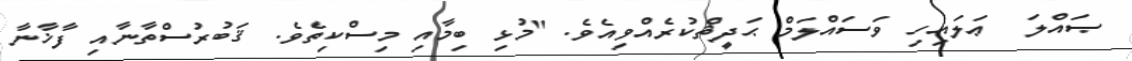
ޞައްލަ  ޢަލައިހި ވަސައްލަމް ޙަދީޘްކުރެއްވިއެވެ. "މުޅި ބިމާއި މިސްކިތެވެ. ޤަބުރުސްތާނާއި ފާޚާނާ